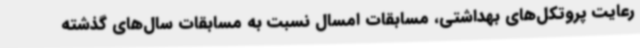
رعایت پروتکل‌های بهداشتی، مسابقات امسال نسبت به مسابقات سال‌های گذشته